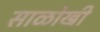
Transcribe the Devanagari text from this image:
साळोखी